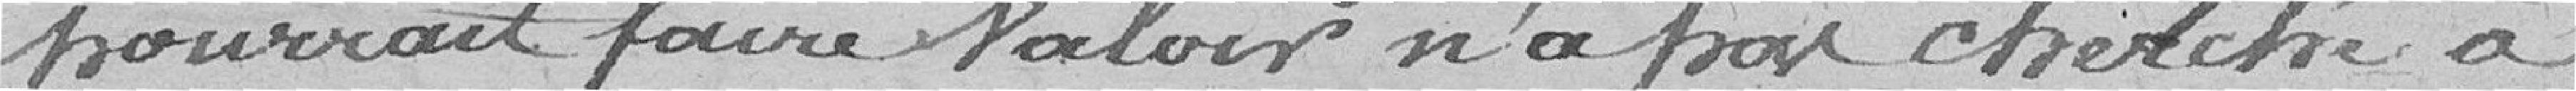
pourrait faire valoir n'a pas cherché à